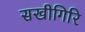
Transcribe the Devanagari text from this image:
सखीगिरि